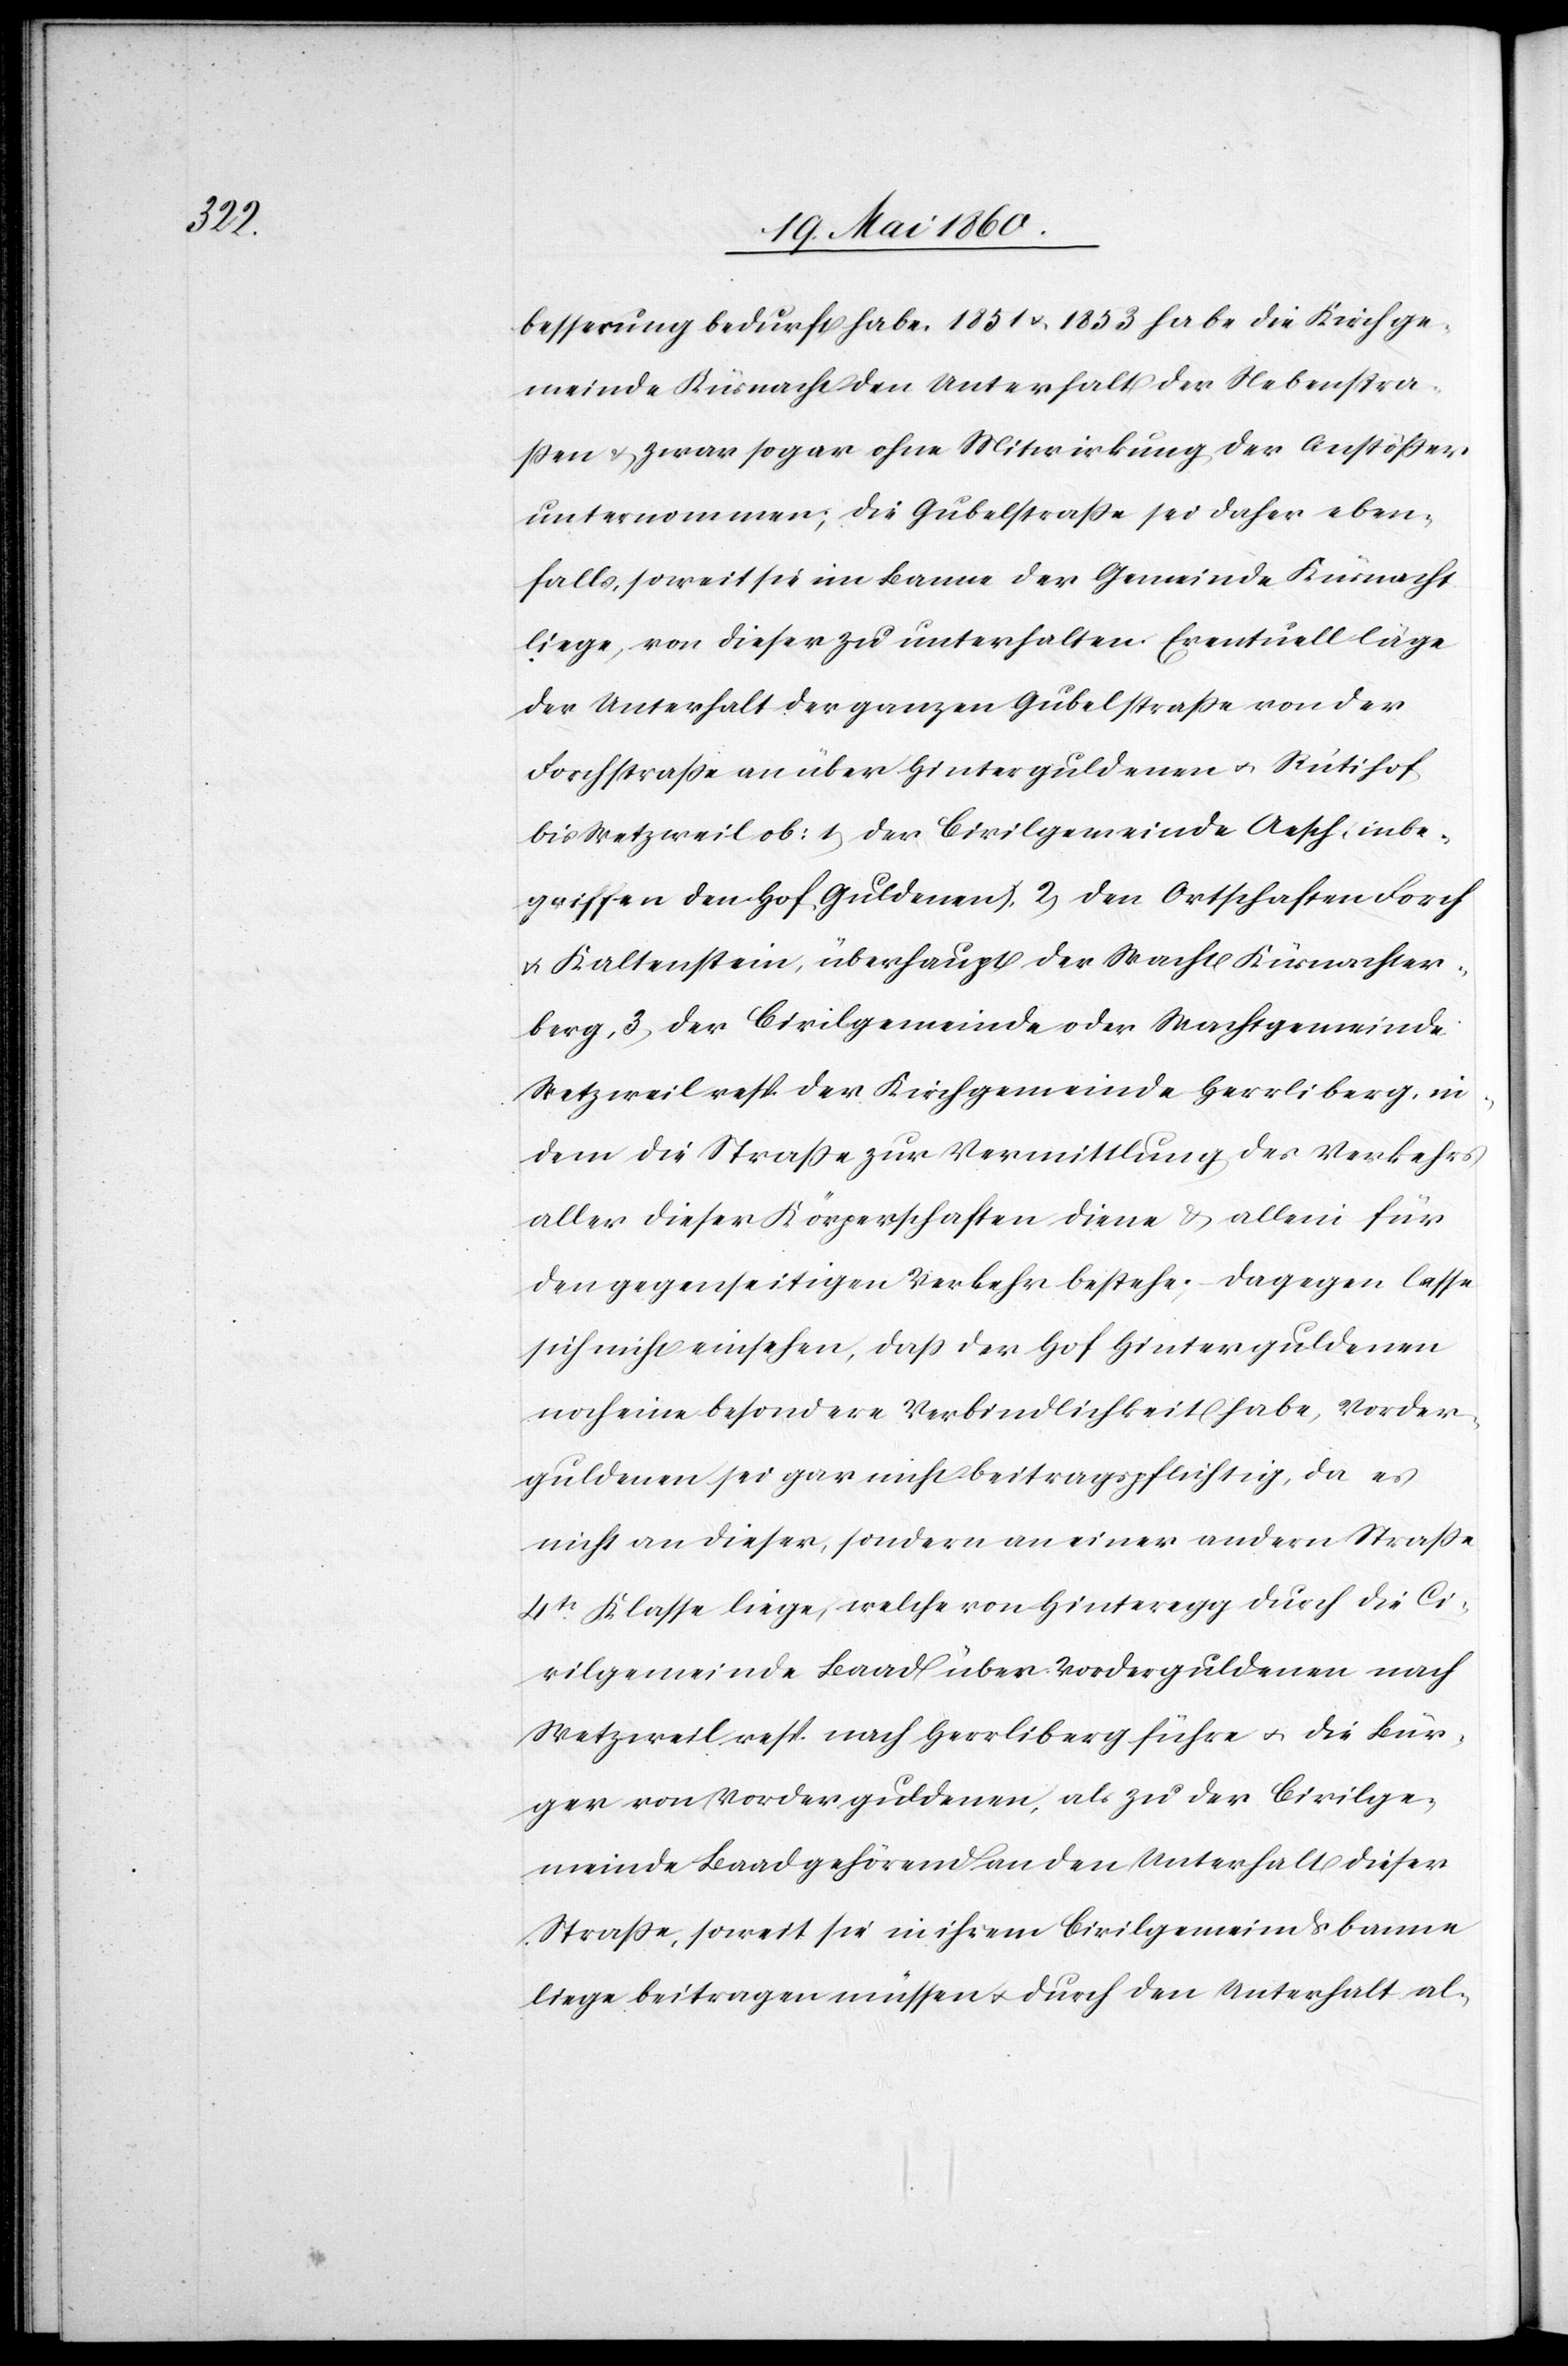
besserung bedurft habe. 1851 u. 1853 habe die Kirchge¬
meinde Küsnacht den Unterhalt der Nebenstra¬
ssen u. zwar sogar ohne Mitwirkung der Anstößer
unternommen; die Gubelstrasse sei daher eben¬
falls, soweit sie im Banne der Gemeinde Küsnacht
liege, von dieser zu unterhalten. Eventuell läge
der Unterhalt der ganzen Gubelstrasse von der
Forchstrasse an über Hinterguldenen u. Rütihof
bis Wetzweil ob: 1) der Civilgemeinde Aesch (inbe¬
griffen den Hof Guldenen) 2) den Ortschaften Forch
u. Kaltenstein, überhaupt der Wacht Küsnachter¬
berg, 3) der Civilgemeinde oder Wachtgemeinde
Wetzweil resp. der Kirchgemeinde Herrliberg, in¬
dem die Strasse zur Vermittlung des Verkehrs
aller dieser Körperschaften diene & allein für
den gegenseitigen Verkehr bestehe, dagegen lasse
sich nicht einsehen, dass der Hof Hinterguldenen
noch eine besondere Verbindlichkeit habe, Vorder¬
guldenen sei gar nicht beitragspflichtig, da es
nicht an dieser, sondern an einer andern Strasse
4tr Klasse liege, welche von Hinteregg durch die Ci¬
vilgemeinde Baad über Vorderguldenen nach
Wetzweil resp. nach Herrliberg führe u. die Bür¬
ger von Vorderguldenen, als zu der Civilge¬
meinde Baad gehörend an den Unterhalt dieser
Strasse, soweit sie in ihrem Civilgemeindsbanne
liege, beitragen müssen u. durch den Unterhalt al-